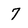
Character: 7